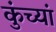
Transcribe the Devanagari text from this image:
कुंच्यां